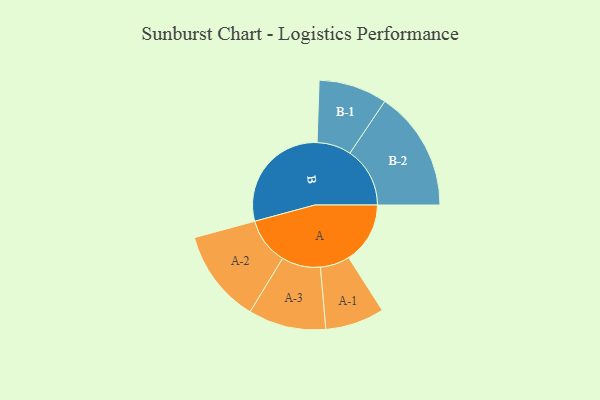
{"axis": {"x": "Segment", "y": "Value"}, "legend": ["", "A", "B"], "data": [{"x": "A", "y": 258, "type": ""}, {"x": "B", "y": 481, "type": ""}, {"x": "A-1", "y": 124, "type": "A"}, {"x": "A-2", "y": 196, "type": "A"}, {"x": "A-3", "y": 163, "type": "A"}, {"x": "B-1", "y": 144, "type": "B"}, {"x": "B-2", "y": 252, "type": "B"}]}